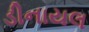
ડીનાયલ